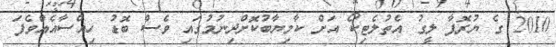
2010 ގެ ޔުރޮޕާ ލީގު އެތުލެޓިކޯ އަށް ކާމިޔާބުކޮށްދިނުމުގައި ވެސް ބޮޑު ހިއްސާއެއްވެފަ